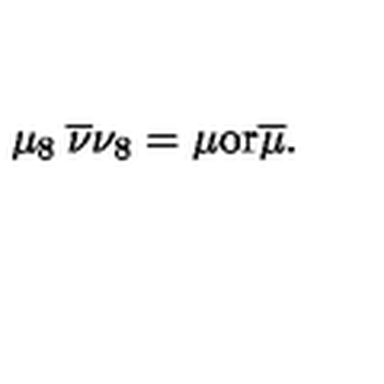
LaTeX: \mu _ { 8 } \: \overline { { \nu } } \nu _ { 8 } = \mu { \mathrm { o r } } \overline { { \mu } } .